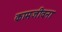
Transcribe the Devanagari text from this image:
कामजीवना